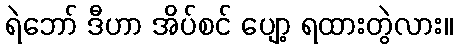
ရဲဘော် ဒီဟာ အိပ်စင် ပျော့ ရထားတွဲလား။